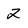
Character: 2